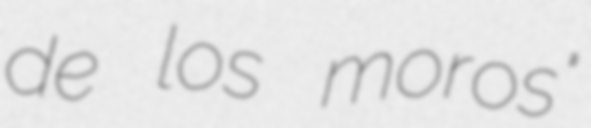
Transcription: de los moros"